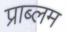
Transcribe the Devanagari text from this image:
प्राब्लम